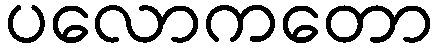
ပလောကတော